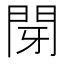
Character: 閕